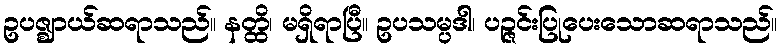
ဥပဇ္ဈာယ်ဆရာသည်။ နတ္ထိ၊ မရှိရာပြီ။ ဥပသမ္ပဒါ၊ ပဉ္ဇင်းပြုပေးသောဆရာသည်။